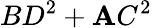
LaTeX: BD^{2}+\mathbf{A}C^{2}